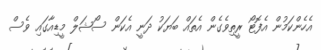
އެހެންކަމުން އެފޮޓޯ ރީތިވެގެން އެތައް ބަޔަކު ދަނީ އެކަން ސޯޝަލް މީޑިއާގައި ވެސް